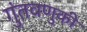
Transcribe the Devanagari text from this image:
गुंतवणुकी